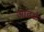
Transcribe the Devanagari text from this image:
आढळे